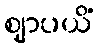
ဈာပယိံ